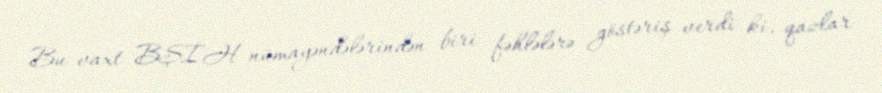
Bu vaxt BŞİH nümayəndələrindən biri fəhlələrə göstəriş verdi ki, qazlar